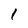
Character: 1